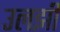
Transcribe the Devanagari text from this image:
उलझीं